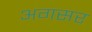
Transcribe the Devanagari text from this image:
अगसर